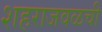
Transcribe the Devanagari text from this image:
शहराजवळची